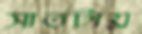
সাতটায়